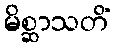
မိစ္ဆာသတိံ